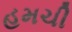
હમચી